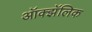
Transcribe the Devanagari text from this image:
ऑक्झॅलिक